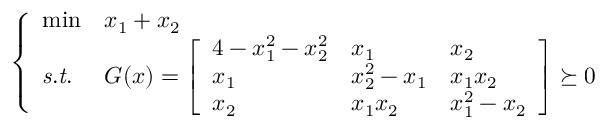
\left\{ \begin{array} { l l l } { \operatorname* { m i n } } & { x _ { 1 } + x _ { 2 } } \\ { \mathit { s . t . } } & { G ( x ) = \left[ \begin{array} { l l l } { 4 - x _ { 1 } ^ { 2 } - x _ { 2 } ^ { 2 } } & { x _ { 1 } } & { x _ { 2 } } \\ { x _ { 1 } } & { x _ { 2 } ^ { 2 } - x _ { 1 } } & { x _ { 1 } x _ { 2 } } \\ { x _ { 2 } } & { x _ { 1 } x _ { 2 } } & { x _ { 1 } ^ { 2 } - x _ { 2 } } \end{array} \right] \succeq 0 } \end{array} \right.